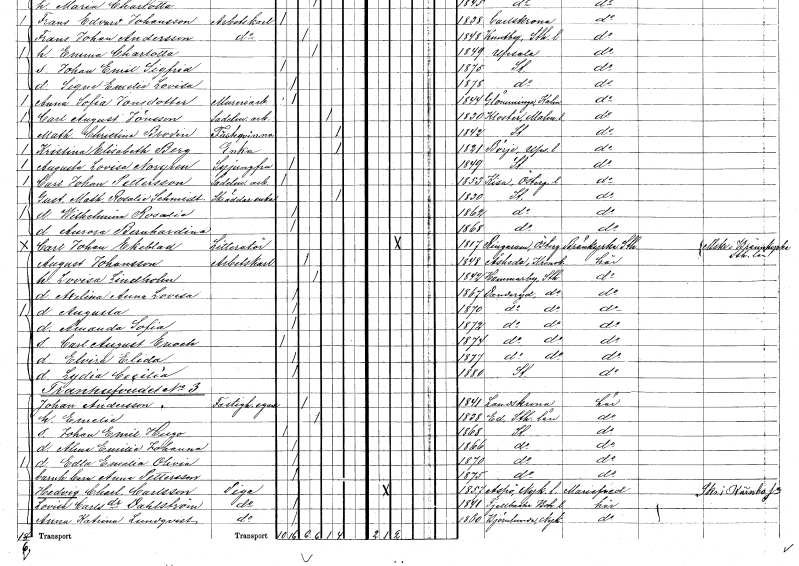
gt_parse: households: individuals: FN: Gustafva Mathilda Rosalie
EN: Schmidt
YRKE: Skräddareänka
KON: K
CIV: E
FODAR: 1830
FODFORS: Stockholm
FN: Wilhelmina Rosalie
KON: K
CIV: O
FODAR: 1862
FODFORS: Stockholm
FN: Aurora Bernhardina
KON: K
CIV: O
FODAR: 1868
FODFORS: Stockholm
FN: Carl Johan
EN: Ekeblad
YRKE: Litteratör
KON: M
CIV: G
FODAR: 1817
FODFORS: Ringarum Östergötlands län
FN: August
EN: Johansson
YRKE: Arbetskarl
KON: M
CIV: G
FODAR: 1848
FODFORS: Åseda Kronobergs län
FN: Lovisa
EN: Lindholm
KON: K
CIV: G
FODAR: 1842
FODFORS: Hammarby Stockholms län
FN: Axelina Anna Lovisa
KON: K
CIV: O
FODAR: 1867
FODFORS: Danderyd Stockholms län
FN: Augusta
KON: K
CIV: O
FODAR: 1870
FODFORS: Danderyd Stockholms län
FN: Amanda Sofia
KON: K
CIV: O
FODAR: 1872
FODFORS: Danderyd Stockholms län
FN: Carl August Enoch
KON: M
CIV: O
FODAR: 1874
FODFORS: Danderyd Stockholms län
FN: Elvira Elida
KON: K
CIV: O
FODAR: 1877
FODFORS: Danderyd Stockholms län
FN: Lydia Cecilia
KON: K
CIV: O
FODAR: 1880
FODFORS: Stockholm
FN: Johan
EN: Andersson
YRKE: Fastighetsägare
KON: M
CIV: G
FODAR: 1841
FODFORS: Landskrona Malmöhus län
FN: Emelie
KON: K
CIV: G
FODAR: 1838
FODFORS: Ed Stockholms län
FN: Johan Emil Hugo
KON: M
CIV: O
FODAR: 1868
FODFORS: Stockholm
FN: Alma Emilia Johanna
KON: K
CIV: O
FODAR: 1866
FODFORS: Stockholm
FN: Edla Emelia Olivia
KON: K
CIV: O
FODAR: 1870
FODFORS: Stockholm
FN: Anna
EN: Pettersson
YRKE: Barnhusbarn
KON: K
CIV: O
FODAR: 1875
FODFORS: Stockholm
FN: Hedvig Charlotta
EN: Carlsson
YRKE: Piga
KON: K
CIV: O
FODAR: 1857
FODFORS: Aspö Södermanlands län
FN: Lovisa
EN: Carlsdotter Dahlström
YRKE: Piga
KON: K
CIV: O
FODAR: 1841
FODFORS: Fjällbacka Göteborgs- och Bohuslän
FN: Anna Katrina
EN: Lundqvist
YRKE: Piga
KON: K
CIV: O
FODAR: 1860
FODFORS: Björnlunda Södermanlands län